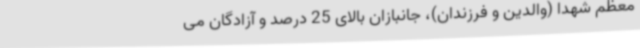
معظم شهدا (والدین و فرزندان)، جانبازان بالای 25 درصد و آزادگان می